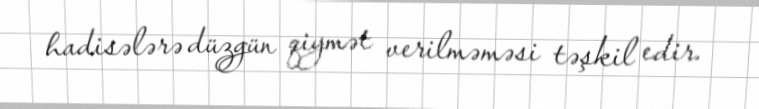
hadisələrə düzgün qiymət verilməməsi təşkil edir.